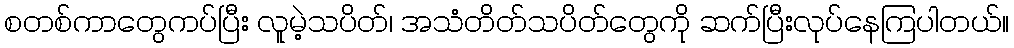
စတစ်ကာတွေကပ်ပြီး လူမဲ့သပိတ်၊ အသံတိတ်သပိတ်တွေကို ဆက်ပြီးလုပ်နေကြပါတယ်။